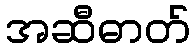
အဆီဓာတ်